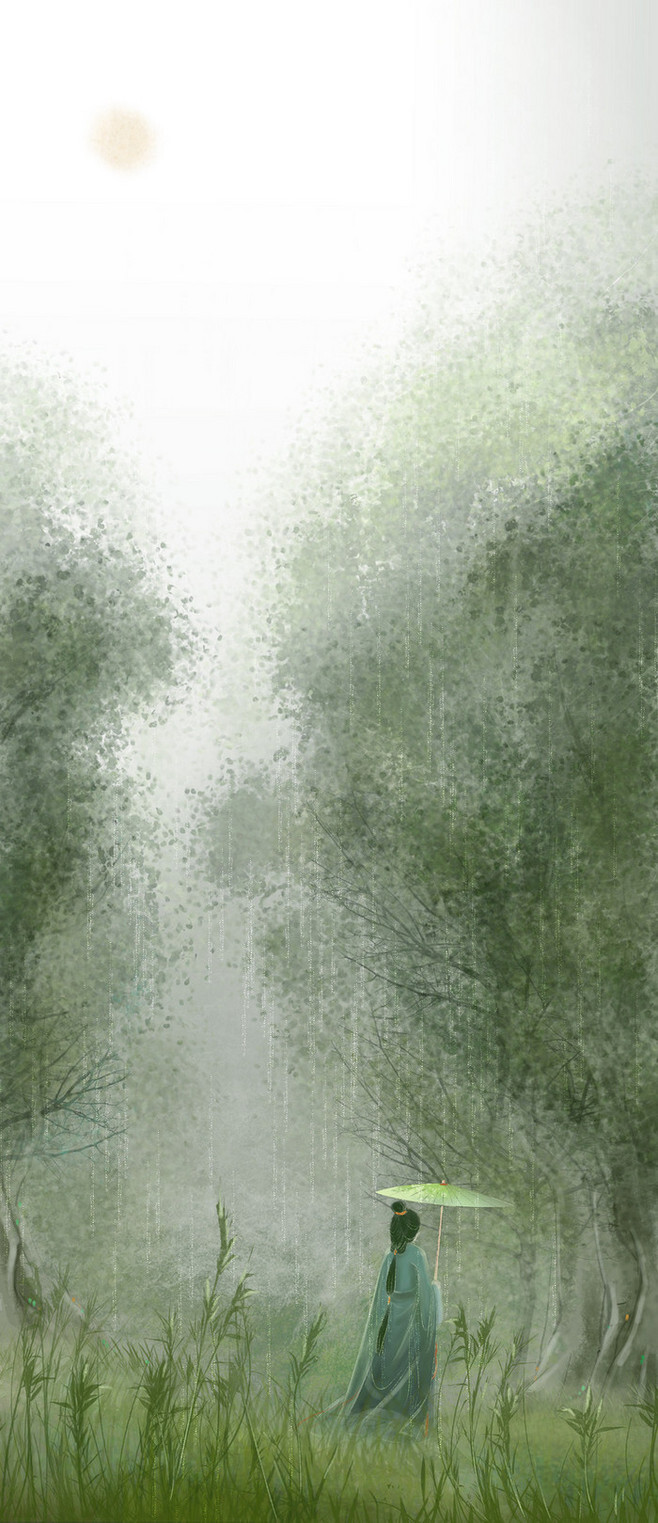
垂下帘栊。双燕归来细雨中。